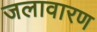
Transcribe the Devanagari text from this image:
जलावारण